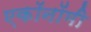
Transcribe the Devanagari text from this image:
एकॉनॉमी